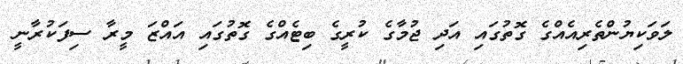
ލަވަކިޔުންތެރިއެއްގެ ގޮތުގައި އަދި ޖުމާގެ ކުރީގެ ބިޓެއްގެ ގޮތުގައި އައްޒަ މީރާ ސިފަކުރާނީ